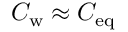
C _ { \mathrm { w } } \approx C _ { \mathrm { e q } }